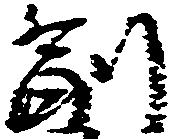
副